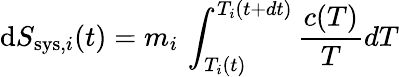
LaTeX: \mathrm{d}S_{\mathrm{sys},i}(t)=m_{i}\, \int_{T_{i}(t)}^{T_{i}(t+dt)}\frac{c(T)}{T}dT